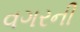
વગરની